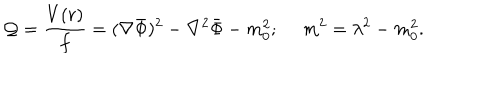
{ \cal Q } = { \frac { V ( r ) } { f } } = ( \nabla \bar { \Phi } ) ^ { 2 } - \nabla ^ { 2 } \bar { \Phi } - m _ { 0 } ^ { 2 } ; ~ ~ m ^ { 2 } = \lambda ^ { 2 } - m _ { 0 } ^ { 2 } .